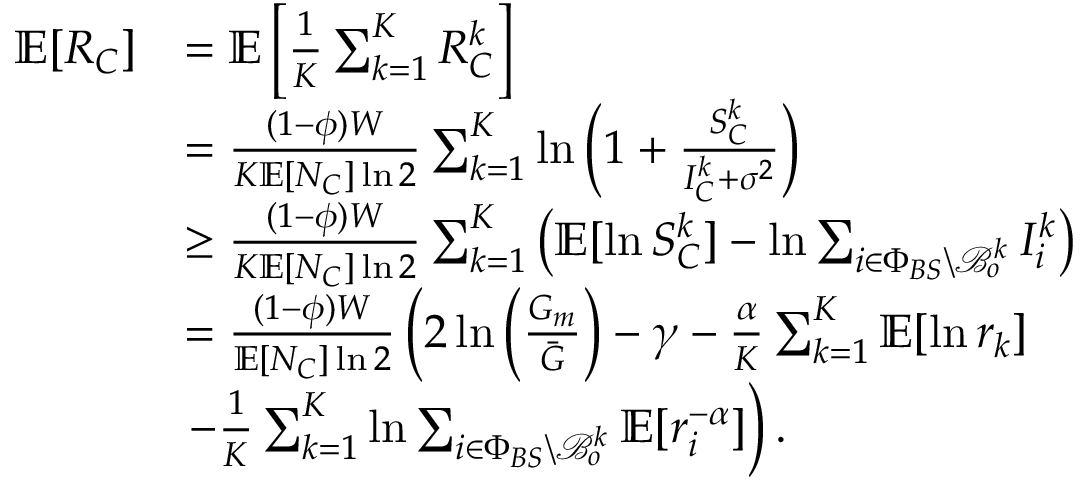
\begin{array} { r l } { \mathbb { E } [ R _ { C } ] } & { = \mathbb { E } \left[ \frac { 1 } { K } \sum _ { k = 1 } ^ { K } R _ { C } ^ { k } \right] } \\ & { = \frac { ( 1 - \phi ) W } { K \mathbb { E } [ N _ { C } ] \ln 2 } \sum _ { k = 1 } ^ { K } \ln \left( 1 + \frac { S _ { C } ^ { k } } { I _ { C } ^ { k } + \sigma ^ { 2 } } \right) } \\ & { \geq \frac { ( 1 - \phi ) W } { K \mathbb { E } [ N _ { C } ] \ln 2 } \sum _ { k = 1 } ^ { K } \left( \mathbb { E } [ \ln S _ { C } ^ { k } ] - \ln \sum _ { i \in \Phi _ { B S } \backslash \mathcal { B } _ { o } ^ { k } } I _ { i } ^ { k } \right) } \\ & { = \frac { ( 1 - \phi ) W } { \mathbb { E } [ N _ { C } ] \ln 2 } \left( 2 \ln \left( \frac { G _ { m } } { \bar { G } } \right) - \gamma - \frac { \alpha } { K } \sum _ { k = 1 } ^ { K } \mathbb { E } [ \ln r _ { k } ] \right. } \\ & { \left. - \frac { 1 } { K } \sum _ { k = 1 } ^ { K } \ln \sum _ { i \in \Phi _ { B S } \backslash \mathcal { B } _ { o } ^ { k } } \mathbb { E } [ r _ { i } ^ { - \alpha } ] \right) . } \end{array}